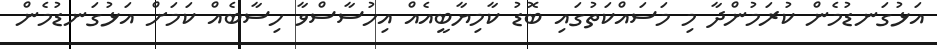
އަޅުގަނޑުމެން ކުރަމުންދާ މި މަސައްކަތުގައި ބޮޑު ކާމިޔާބީއެއް އިހުސާސްވާ ހިސާބެއް ކަމަށް އަޅުގަނޑުމެން